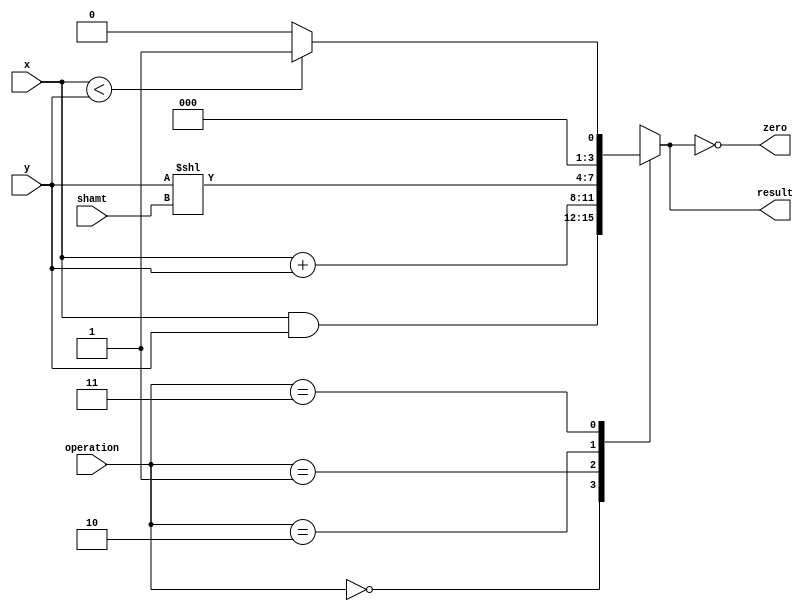
// This program was cloned from: https://github.com/RomeoMe5/DDLM
// License: MIT License

//ALU commands
`define ALU_AND 2'b00
`define ALU_ADD 2'b01
`define ALU_SLL 2'b10
`define ALU_SLT 2'b11

module alu
#(
    parameter WIDTH = 4,
    parameter SHIFT = 2
)
(
    input      [WIDTH - 1:0] x, y,
    input      [SHIFT - 1:0] shamt,
    input      [ 1:0]        operation,
    output                   zero,
    output reg [WIDTH - 1:0] result
);

    always @ (*) begin
        case (operation)
            `ALU_AND : result = x & y; 
            `ALU_ADD : result = x + y;
            `ALU_SLL : result = y << shamt;
            `ALU_SLT : result = (x < y) ? 1 : 0;
        endcase
    end

    //Flags
    assign zero      = (result == 0);

endmodule